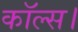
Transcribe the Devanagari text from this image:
कॉल्‍स।